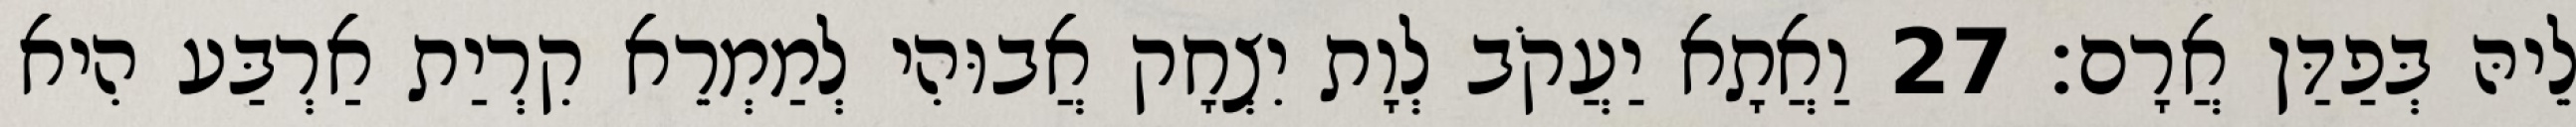
לֵיהּ בְּפַדַּן אֲרָם׃ 27 וַאֲתָא יַעֲקֹב לְוָת יִצְחָק אֲבוּהִי לְמַמְרֵא קִרְיַת אַרְבַּע הִיא